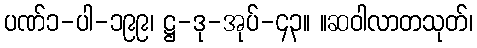
ပဏ်၁-ပါ-၁၉၉၊ ဋ္ဌ-ဒု-အုပ်-၄၃။ ။ဆဝါလာတသုတ်၊